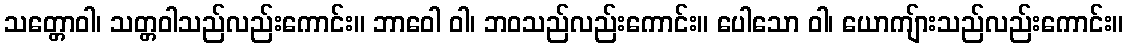
သတ္တောဝါ၊ သတ္တဝါသည်လည်းကောင်း။ ဘာဝေါ ဝါ၊ ဘဝသည်လည်းကောင်း။ ပေါသော ဝါ၊ ယောကျ်ားသည်လည်းကောင်း။